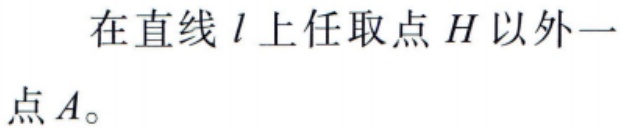
在直线 \(l\) 上任取点 \(H\) 以外一点 \(A\)。